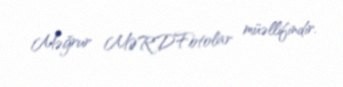
Məğrur MƏRDFotolar müəllifindir.